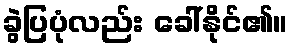
ခွဲပြပုံလည်း ခေါ်နိုင်၏။